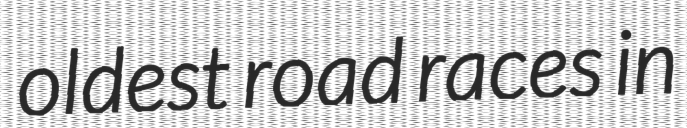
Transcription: oldest road races in